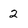
Character: 2